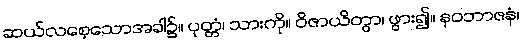
ဆယ်လစေ့သောအခါ၌။ ပုတ္တံ၊ သားကို။ ဝိဇာယိတွာ၊ ဖွား၍။ နဝဘာဇနံ၊